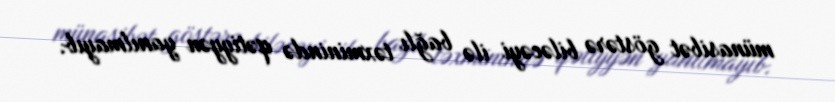
münasibət göstərə biləcəyi ilə bağlı təxminində qətiyyən yanılmayıb.